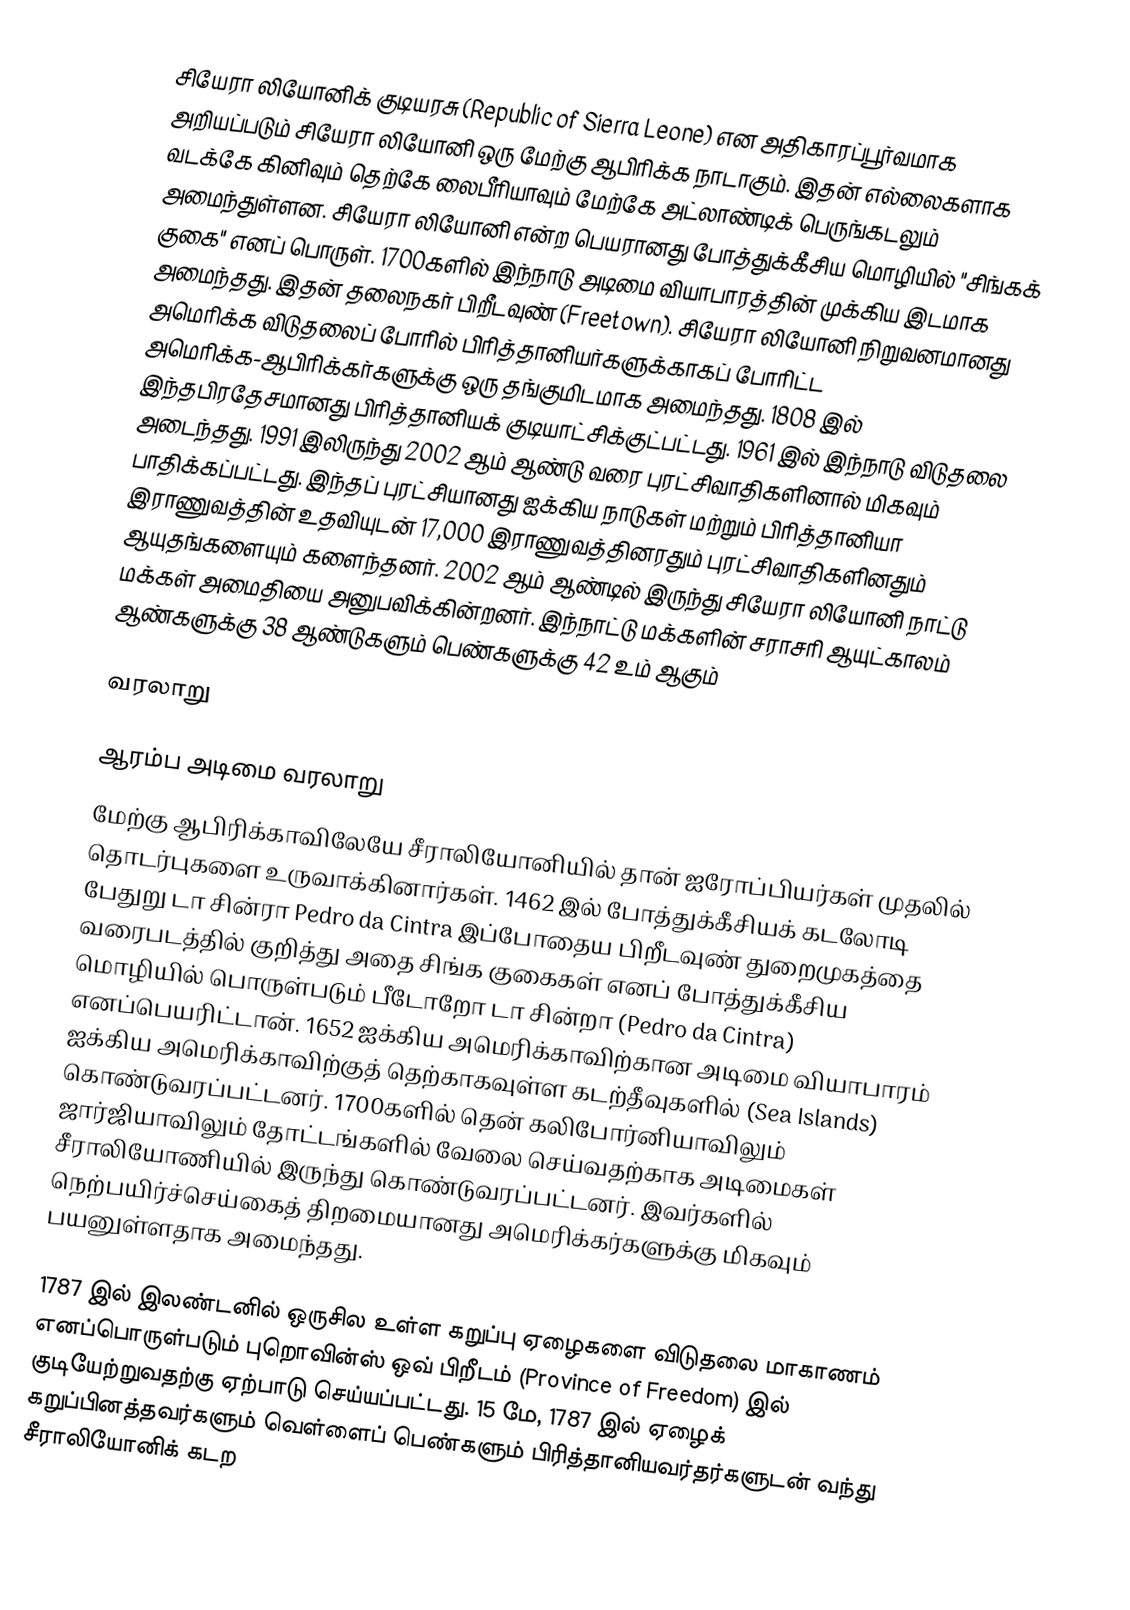
சியேரா லியோனிக் குடியரசு (Republic of Sierra Leone) என அதிகாரப்பூர்வமாக அறியப்படும் சியேரா லியோனி ஒரு மேற்கு ஆபிரிக்க நாடாகும். இதன் எல்லைகளாக வடக்கே கினிவும் தெற்கே லைபீரியாவும் மேற்கே அட்லாண்டிக் பெருங்கடலும் அமைந்துள்ளன. சியேரா லியோனி என்ற பெயரானது போத்துக்கீசிய மொழியில் "சிங்கக் குகை" எனப் பொருள். 1700களில் இந்நாடு அடிமை வியாபாரத்தின் முக்கிய இடமாக அமைந்தது. இதன் தலைநகர் பிறீடவுண் (Freetown). சியேரா லியோனி நிறுவனமானது அமெரிக்க விடுதலைப் போரில் பிரித்தானியர்களுக்காகப் போரிட்ட அமெரிக்க-ஆபிரிக்கர்களுக்கு ஒரு தங்குமிடமாக அமைந்தது. 1808 இல் இந்தபிரதேசமானது பிரித்தானியக் குடியாட்சிக்குட்பட்டது. 1961 இல் இந்நாடு விடுதலை அடைந்தது. 1991 இலிருந்து 2002 ஆம் ஆண்டு வரை புரட்சிவாதிகளினால் மிகவும் பாதிக்கப்பட்டது. இந்தப் புரட்சியானது ஐக்கிய நாடுகள் மற்றும் பிரித்தானியா இராணுவத்தின் உதவியுடன் 17,000 இராணுவத்தினரதும் புரட்சிவாதிகளினதும் ஆயுதங்களையும் களைந்தனர். 2002 ஆம் ஆண்டில் இருந்து சியேரா லியோனி நாட்டு மக்கள் அமைதியை அனுபவிக்கின்றனர். இந்நாட்டு மக்களின் சராசரி ஆயுட்காலம் ஆண்களுக்கு 38 ஆண்டுகளும் பெண்களுக்கு 42 உம் ஆகும்

வரலாறு

ஆரம்ப அடிமை வரலாறு
மேற்கு ஆபிரிக்காவிலேயே சீராலியோனியில் தான் ஐரோப்பியர்கள் முதலில் தொடர்புகளை உருவாக்கினார்கள். 1462 இல் போத்துக்கீசியக் கடலோடி பேதுறு டா சின்ரா Pedro da Cintra இப்போதைய பிறீடவுண் துறைமுகத்தை வரைபடத்தில் குறித்து அதை சிங்க குகைகள் எனப் போத்துக்கீசிய மொழியில் பொருள்படும் பீடோறோ டா சின்றா (Pedro da Cintra) எனப்பெயரிட்டான். 1652 ஐக்கிய அமெரிக்காவிற்கான அடிமை வியாபாரம் ஐக்கிய அமெரிக்காவிற்குத் தெற்காகவுள்ள கடற்தீவுகளில் (Sea Islands) கொண்டுவரப்பட்டனர். 1700களில் தென் கலிபோர்னியாவிலும் ஜார்ஜியாவிலும் தோட்டங்களில் வேலை செய்வதற்காக அடிமைகள் சீராலியோணியில் இருந்து கொண்டுவரப்பட்டனர். இவர்களில் நெற்பயிர்ச்செய்கைத் திறமையானது அமெரிக்கர்களுக்கு மிகவும் பயனுள்ளதாக அமைந்தது.

1787 இல் இலண்டனில் ஒருசில உள்ள கறுப்பு ஏழைகளை விடுதலை மாகாணம் எனப்பொருள்படும் புறொவின்ஸ் ஒவ் பிறீடம் (Province of Freedom) இல் குடியேற்றுவதற்கு ஏற்பாடு செய்யப்பட்டது. 15 மே, 1787 இல் ஏழைக் கறுப்பினத்தவர்களும் வெள்ளைப் பெண்களும் பிரித்தானியவர்தர்களுடன் வந்து சீராலியோனிக் கடற